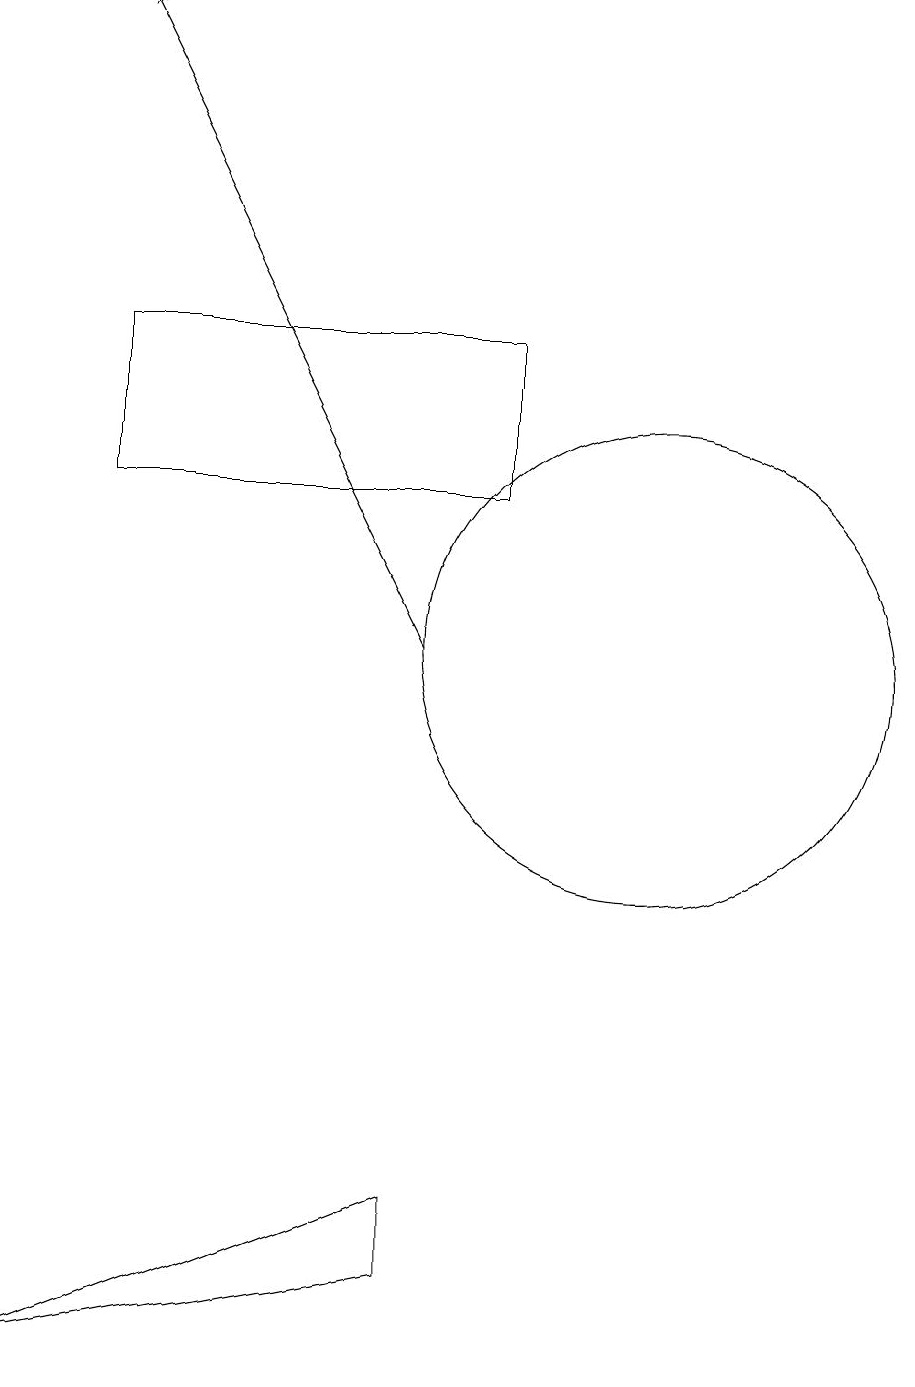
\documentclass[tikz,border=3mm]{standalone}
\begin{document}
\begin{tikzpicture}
\draw (7,4) -- (7,3) -- (2,2) -- cycle;
\draw (10,11) circle (3);
\draw (8,13) rectangle (3,15);
\draw[->] (7,11) -- (3,19);
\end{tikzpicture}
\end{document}